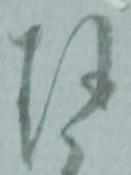
珎